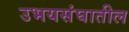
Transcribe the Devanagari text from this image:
उभयसंघातील